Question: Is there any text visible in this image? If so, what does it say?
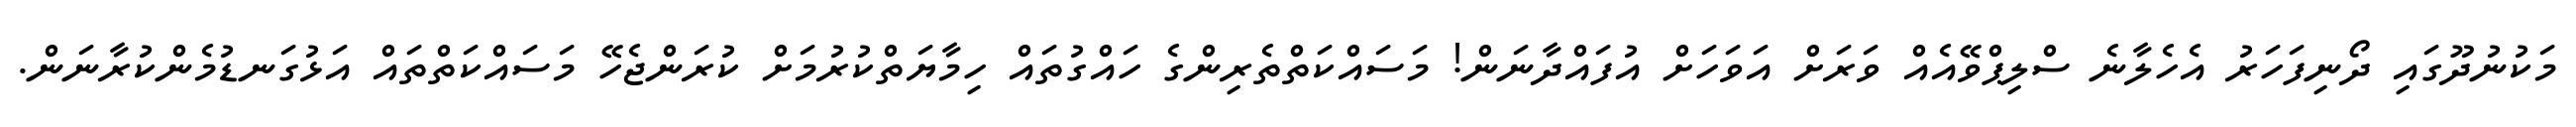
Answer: މަކުނުދޫގައި ދޯނިފަހަރު އެހެލާނެ ސްލިޕްވޭއެއް ވަރަށް އަވަހަށް އުފައްދާނަން! މަސައްކަތްތެރިންގެ ހައްގުތައް ހިމާޔަތްކުރުމަށް ކުރަންޖެހޭ މަސައްކަތްތައް އަޅުގަނޑުމެންކުރާނަން.